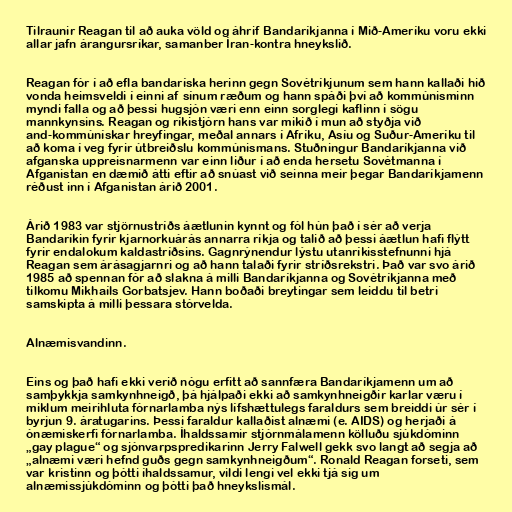
Tilraunir Reagan til að auka völd og áhrif Bandaríkjanna í Mið-Ameríku voru ekki
allar jafn árangursríkar, samanber Íran-kontra hneykslið.

Reagan fór í að efla bandaríska herinn gegn Sovétríkjunum sem hann kallaði hið
vonda heimsveldi í einni af sínum ræðum og hann spáði því að kommúnisminn
myndi falla og að þessi hugsjón væri enn einn sorglegi kaflinn í sögu
mannkynsins. Reagan og ríkistjórn hans var mikið í mun að styðja við
and-kommúnískar hreyfingar, meðal annars í Afríku, Asíu og Suður-Ameríku til
að koma í veg fyrir útbreiðslu kommúnismans. Stuðningur Bandaríkjanna við
afganska uppreisnarmenn var einn liður í að enda hersetu Sovétmanna í
Afganistan en dæmið átti eftir að snúast við seinna meir þegar Bandaríkjamenn
réðust inn í Afganistan árið 2001.

Árið 1983 var stjörnustríðs áætlunin kynnt og fól hún það í sér að verja
Bandaríkin fyrir kjarnorkuárás annarra ríkja og talið að þessi áætlun hafi flýtt
fyrir endalokum kaldastríðsins. Gagnrýnendur lýstu utanríkisstefnunni hjá
Reagan sem árásagjarnri og að hann talaði fyrir stríðsrekstri. Það var svo árið
1985 að spennan fór að slakna á milli Bandaríkjanna og Sovétríkjanna með
tilkomu Mikhaíls Gorbatsjev. Hann boðaði breytingar sem leiddu til betri
samskipta á milli þessara stórvelda.

Alnæmisvandinn.

Eins og það hafi ekki verið nógu erfitt að sannfæra Bandaríkjamenn um að
samþykkja samkynhneigð, þá hjálpaði ekki að samkynhneigðir karlar væru í
miklum meirihluta fórnarlamba nýs lífshættulegs faraldurs sem breiddi úr sér í
byrjun 9. áratugarins. Þessi faraldur kallaðist alnæmi (e. AIDS) og herjaði á
ónæmiskerfi fórnarlamba. Íhaldssamir stjórnmálamenn kölluðu sjúkdóminn
„gay plague“ og sjónvarpspredikarinn Jerry Falwell gekk svo langt að segja að
„alnæmi væri hefnd guðs gegn samkynhneigðum“. Ronald Reagan forseti, sem
var kristinn og þótti íhaldssamur, vildi lengi vel ekki tjá sig um
alnæmissjúkdóminn og þótti það hneykslismál.